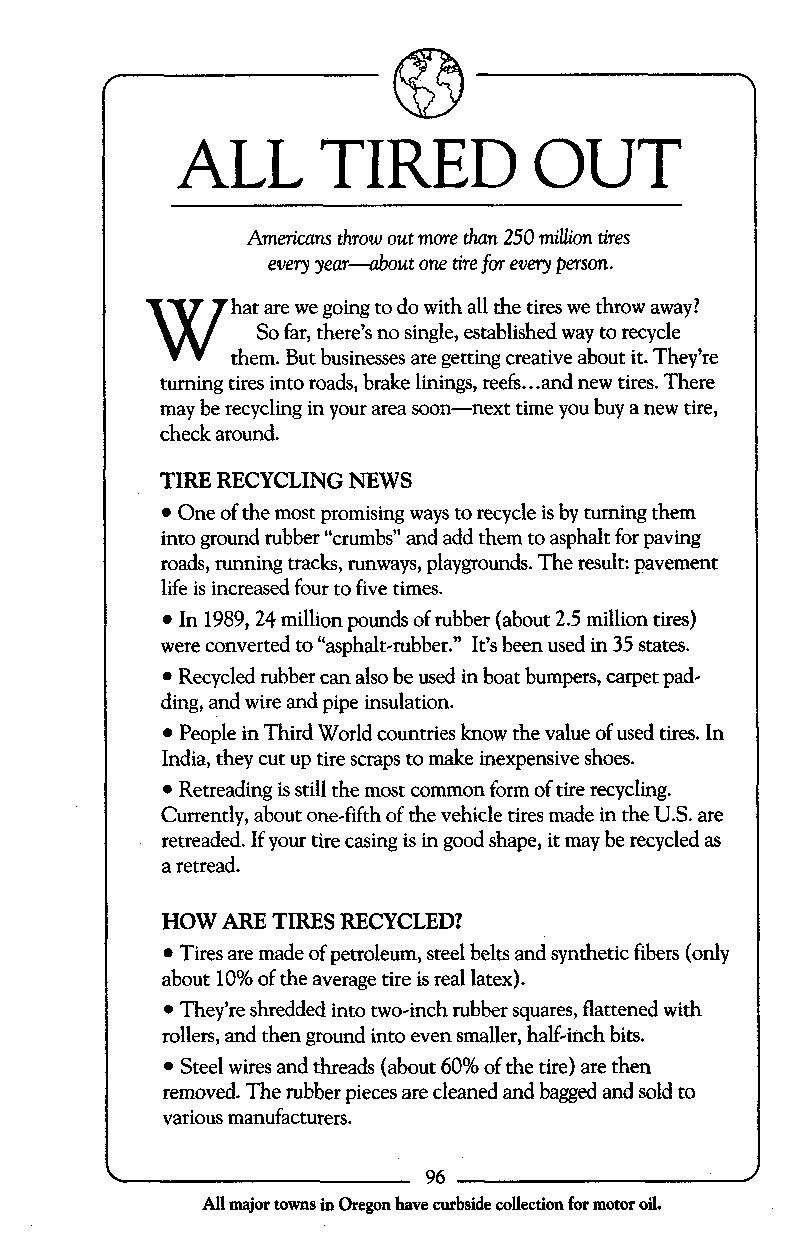
ALL      TIRED         OUT
 Americans throw out more than 250 million tires
 every year-about one tire for every person.
 W    hat are we going to do with all the tires we throw away?
 So far, there’s no single, established way to recycle
 them. But businesses are getting creative about it. They’re
 tuming tires into roads, brake linings, reefs.. .and new tires. There
 may be recycling in your area soon-next time you buy a new tire,
 check around.
 TIRE RECYCLING NEWS
 One of the most promising ways to recycle is by turning them
 into ground rubber “crumbs”a nd add them to asphalt for paving
 roads, running tracks, runways, playgrounds. The result: pavement
 life is increased four to five times.
 In 1989,24 million pounds of rubber (about 2.5 million tires)
 were converted to “asphalt-rubber.” It’s been used in 35 states.
 Recycled rubber can also be used in boat bumpers, carpet pad-
 ding, and wire and pipe insulation.
 People in Third World countries know the value of used tires. In
 India, they cut up tire scraps to make inexpensive shoes.
 Retreading is still the most common form of tire recycling.
 Currently, about one-fifth of the vehicle tires made in the U.S. are
 retreaded. If your tire casing is in good shape, it may be recycled as
 a retread.
 HOW ARE TIRES RECYCLED?
 Tires are made of petroleum, steel belts and synthetic fibers (only
 about 10% of the average tire is real latex).
 They’re shredded into two-inch rubber squares, flattened with
 rollers, and then ground into even smaller, half-inch bits.
 Steel wires and threads (about 60% of the tire) are then
 removed. The rubber pieces are cleaned and bagged and sold to
 various manufacturers.
 All major towns in Oregon have curbside collection for motor oil.